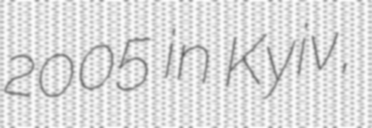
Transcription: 2005 in Kyiv,